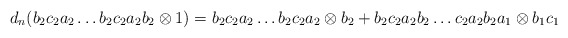
\begin{align*}d_n(b_2c_2a_2 \dots b_2c_2a_2b_2 \otimes 1) = b_2c_2a_2 \dots b_2c_2a_2 \otimes b_2 + b_2c_2a_2b_2 \dots c_2a_2b_2a_1 \otimes b_1c_1\end{align*}